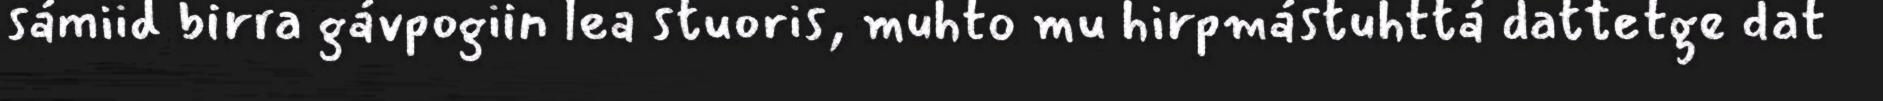
sámiid birra gávpogiin lea stuoris, muhto mu hirpmástuhttá dattetge dat